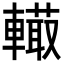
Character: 𨎮